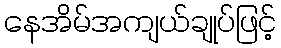
နေအိမ်အကျယ်ချုပ်ဖြင့်